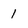
Character: 1